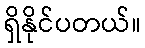
ရှိနိုင်ပတယ်။